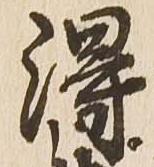
得